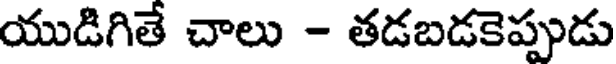
యుడిగితే చాలు - తడబడకెప్పుడు